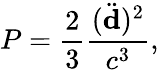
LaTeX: P={\frac{2}{3}}{\frac{(\ddot{\mathbf d})^{2}}{c^{3}}},